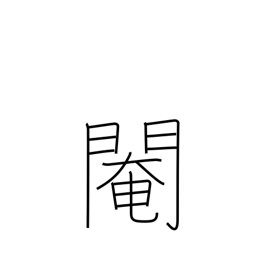
Meaning: eunuch